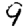
Digit: 9